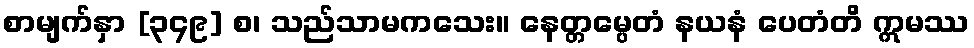
စာမျက်နှာ [၃၄၉] စ၊ သည်သာမကသေး။ နေတ္တမ္ပေတံ နယနံ ပေတံတိ ဣမဿ